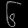
Digit: ၆